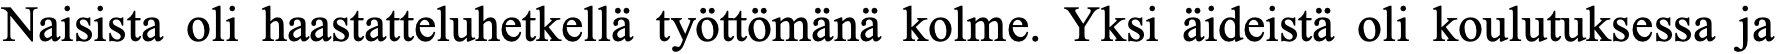
Naisista oli haastatteluhetkellä työttömänä kolme. Yksi äideistä oli koulutuksessa ja